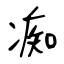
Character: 痴